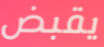
يقبض